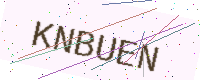
Text: KNBUEN